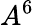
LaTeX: A^{6}